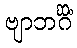
ဗျာဘင်္ဂိံ